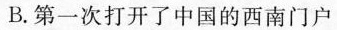
B.第一次打开了中国的西南门户